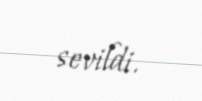
sevildi.